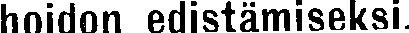
hoidon edistämiseksi.